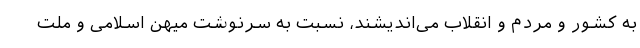
به کشور و مردم و انقلاب می‌اندیشند، نسبت به سرنوشت میهن اسلامی و ملت